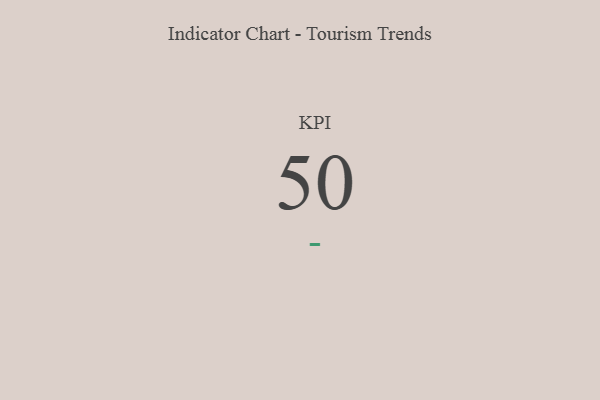
{"axis": {"x": "KPI", "y": "Value"}, "legend": [""], "data": [{"x": "KPI", "y": 50, "type": ""}]}